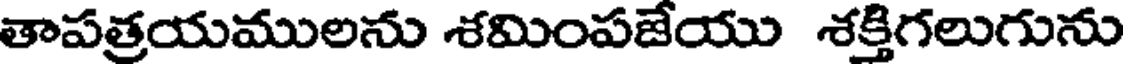
తాపత్రయములను శమింపజేయు శక్తిగలుగును